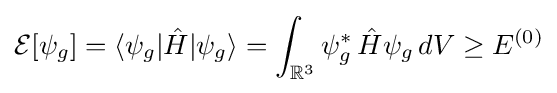
{\mathcal {E}}[\psi _{g}]=\langle \psi _{g}|{\hat {H}}|\psi _{g}\rangle =\int _{\mathbb {R} ^{3}}\psi _{g}^{*}\,{\hat {H}}\psi _{g}\,dV\geq E^{(0)}